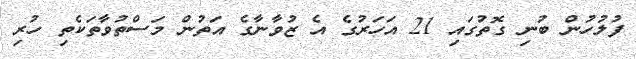
ފުލުހުން ބުނި ގޮތުގައި 21 އަހަރުގެ އެ ޒުވާނާގެ އަތުން މަސްތުވާތަކެތި ހުރި